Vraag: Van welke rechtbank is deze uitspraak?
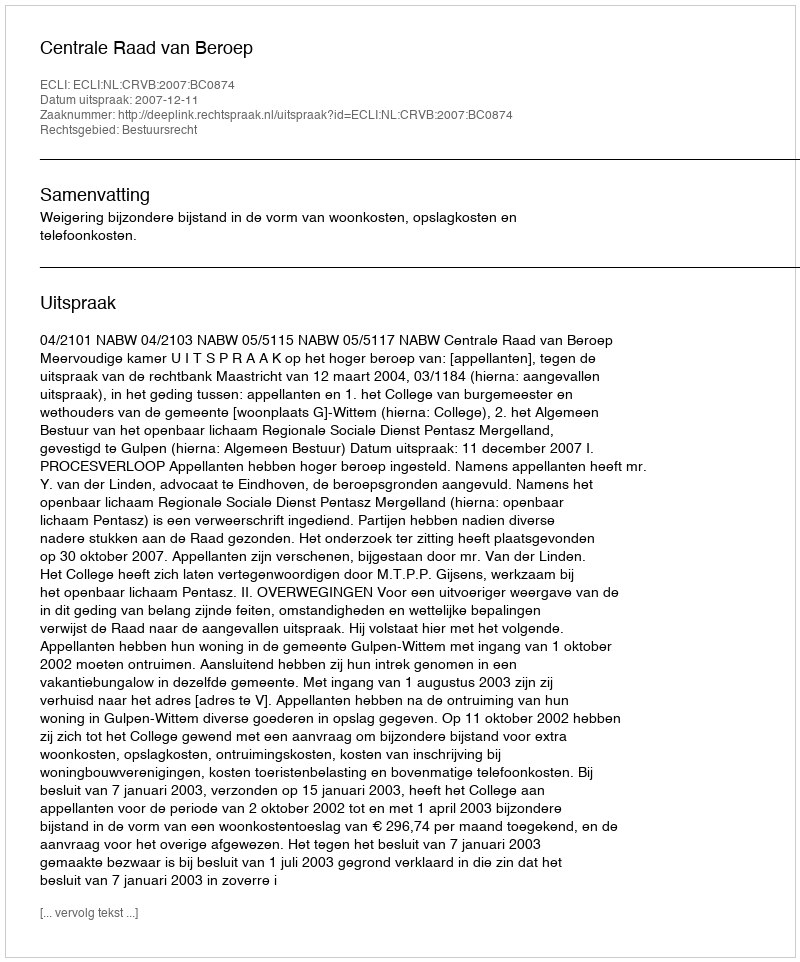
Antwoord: Centrale Raad van Beroep